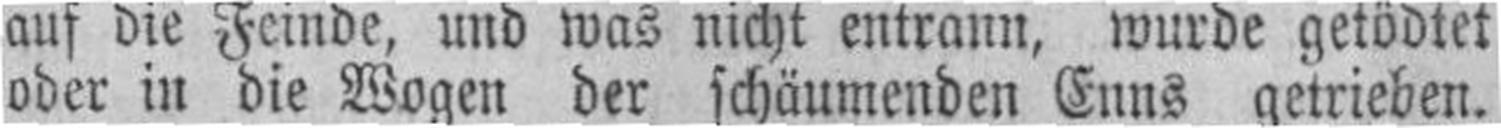
oder in die Wogen der schäumenden Enns getrieben.